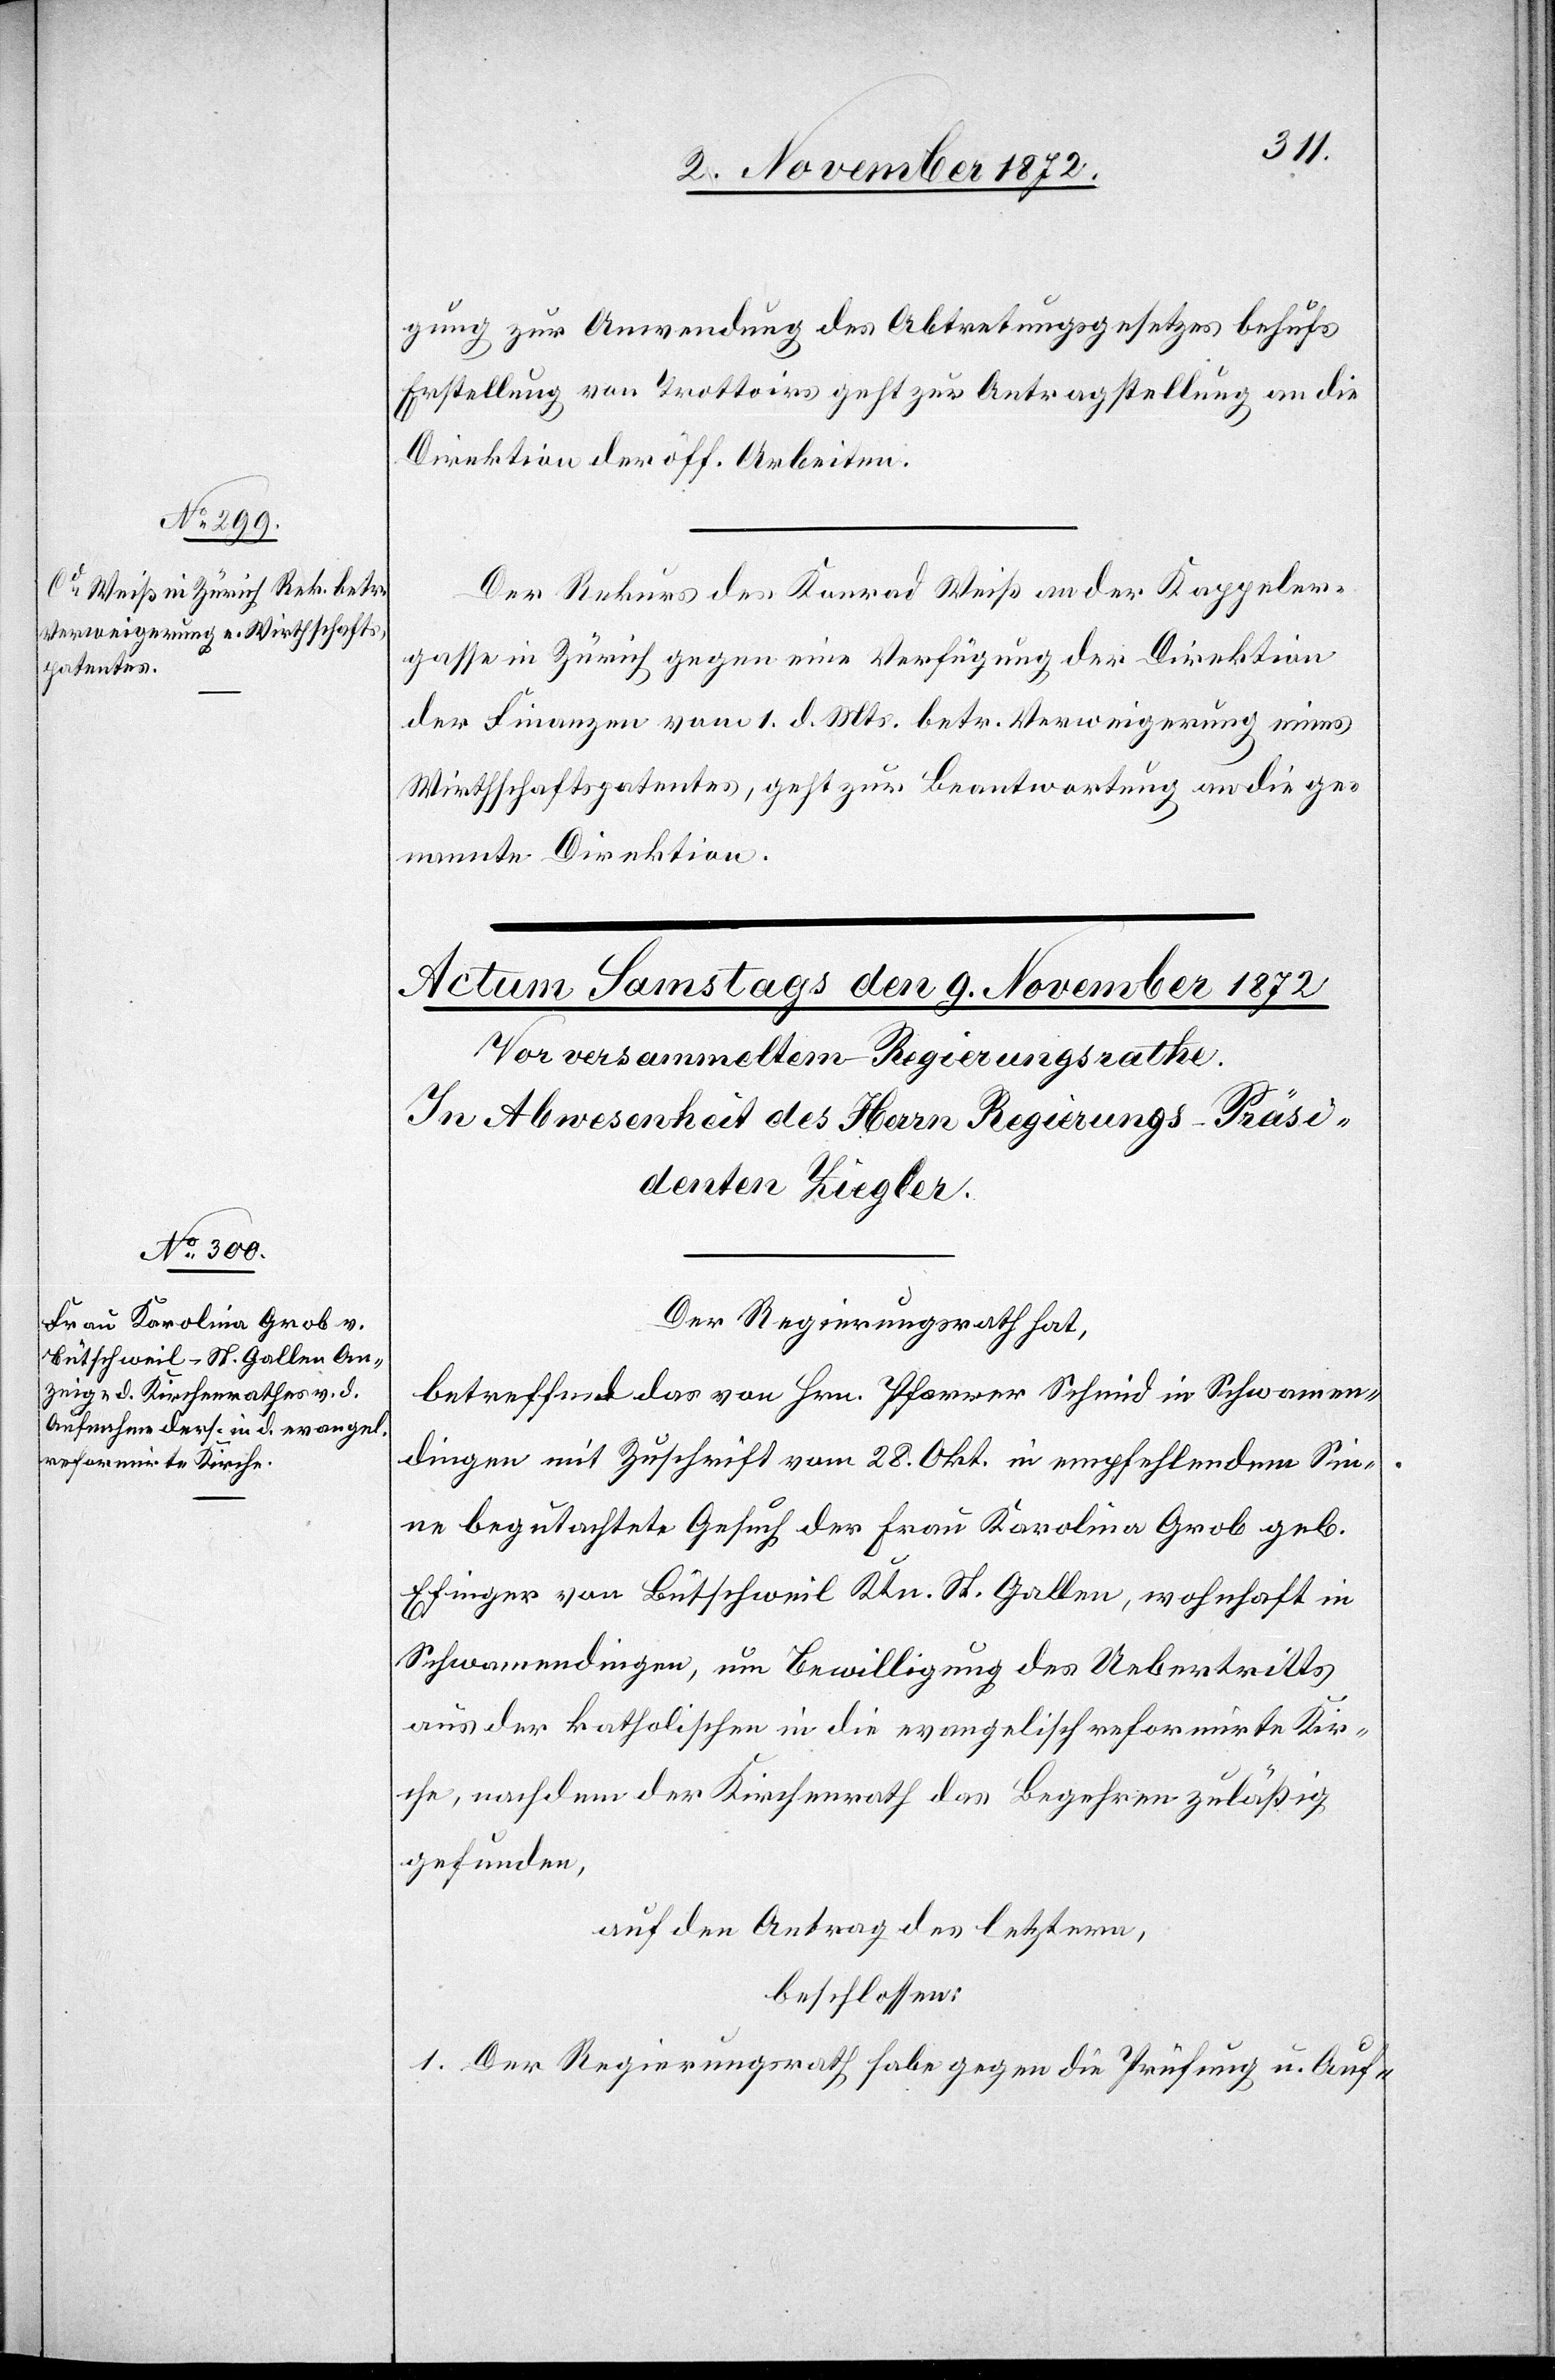
8. November 1872.]
gung zur Anwendung des Abtretungsgesetzes behufs
Erstellung von Trottoirs geht zur Antragstellung an die
Direktion der öff. Arbeiten.
Der Rekurs des Konrad Weiß an der Kappeler¬
gasse in Zürich gegen eine Verfügung der Direktion
der Finanzen vom 1. d. Mts. betr. Verweigerung eines
Wirthschaftspatentes, geht zur Beantwortung an die ge¬
nannte Direktion.
Der Regierungsrath hat,
betreffend das von Hrn. Pfarrer Schmid in Schwamen¬
dingen mit Zuschrift vom 28. Okt. in empfehlendem Sin¬
ne begutachtete Gesuch der Frau Karolina Grob geb.
Efinger von Bütschweil Ktn. St. Gallen, wohnhaft in
Schwamendingen, um Bewilligung des Uebertritts
aus der katholischen in die evangelisch reformirte Kir¬
che, nachdem der Kirchenrath das Begehren zuläßig
gefunden,
auf den Antrag des letztern,
beschlossen:
1. Der Regierungsrath habe gegen die Prüfung u. Auf-